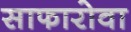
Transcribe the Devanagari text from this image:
साफारोवा